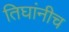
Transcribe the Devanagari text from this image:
तिघांनीच